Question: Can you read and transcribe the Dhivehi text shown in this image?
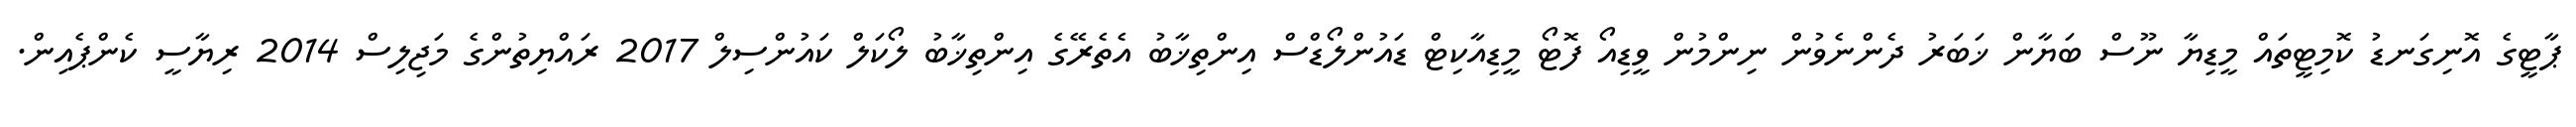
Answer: ޕާޓީގެ އޮނިގަނޑު ކޮމިޓީތައް މީޑިޔާ ނޫސް ބަޔާން ޚަބަރު ދެންނެވުން ނިންމުން ވީޑިއޯ ފޮޓޯ މީޑިއާކިޓް ޑައުންލޯޑްސް އިންތިޚާބު އެތެރޭގެ އިންތިޚާބު ލޯކަލް ކައުންސިލް 2017 ރައްޔިތުންގެ މަޖިލިސް 2014 ރިޔާސީ ކެންޕެއިން.